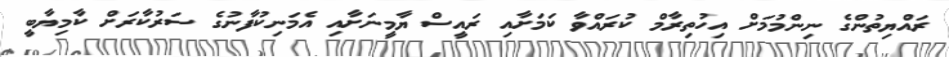
ރައްޔިތުންގެ ނިންމުމަށް އިހުތިރާމް ކުރައްވާ ކަމަށާއި ރައީސް ޔާމީނަށާއި އެމަނިކުފާނުގެ ސަރުކާރަށް ކާމިޔާބީ